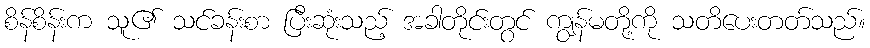
စိန်စိန်းက သူ၏ သင်ခန်းစာ ပြီးဆုံးသည့် အခါတိုင်းတွင် ကျွန်မတို့ကို သတိပေးတတ်သည်။